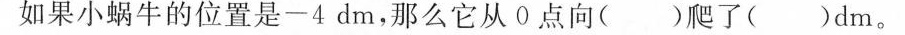
如果小蜗牛的位置是-4dm，那么它从0点向()爬了()dm。